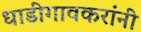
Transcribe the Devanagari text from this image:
धाडीगावकरांनी